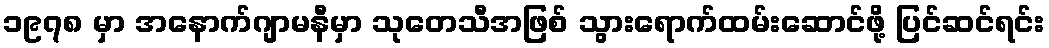
၁၉၇၈ မှာ အနောက်ဂျာမနီမှာ သုတေသီအဖြစ် သွားရောက်ထမ်းဆောင်ဖို့ ပြင်ဆင်ရင်း